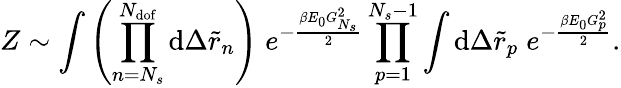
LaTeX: Z\sim\int{\left(\prod_{n=N_{s}}^{N_{\mathrm{dof}}}{\mathrm{d}\Delta\tilde{r}_{n}}\right)\; e^{-\frac{\beta E_{0}G_{N_{s}}^{2}}{2}}}\prod_{p=1}^{N_{s}-1}{\int{\mathrm{d}\Delta\tilde{r}_{p}}\; e^{-\frac{\beta E_{0}G_{p}^{2}}{2}}}.